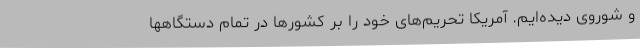
و شوروی دیده‌ایم. آمریکا تحریم‌های خود را بر کشورها در تمام دستگاهها